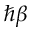
\hbar \beta